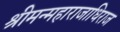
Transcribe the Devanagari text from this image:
श्रीमन्महाराजाधिराज